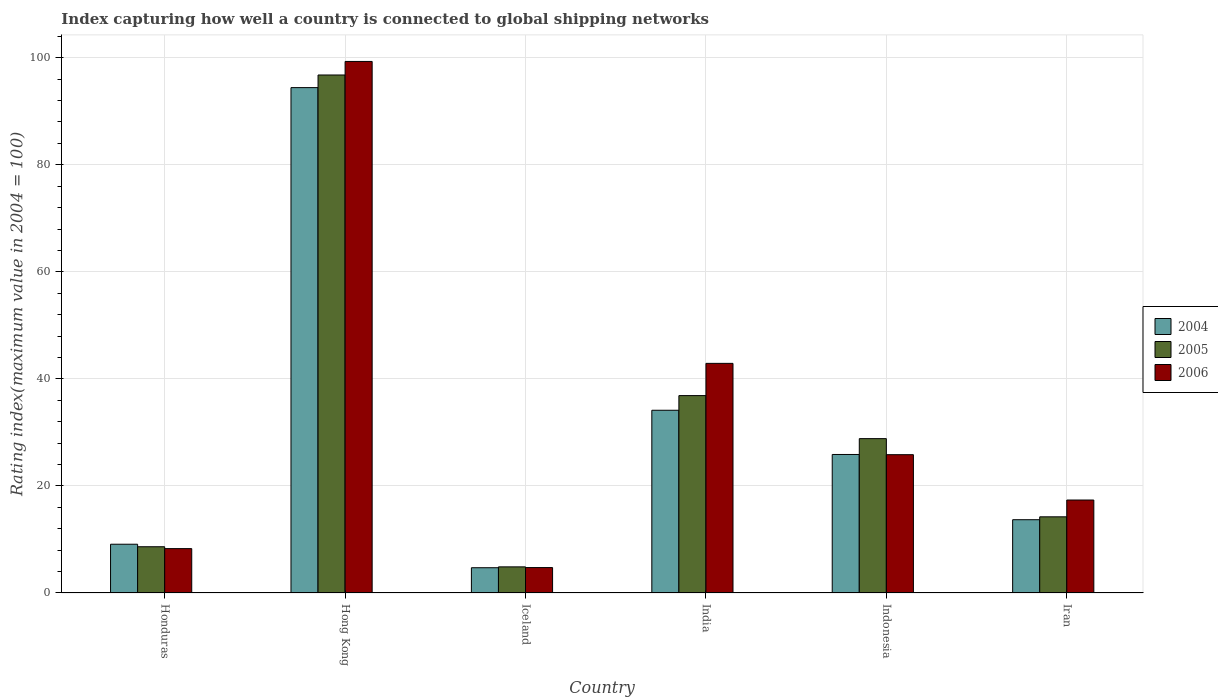
| Country | 2004 | 2005 | 2006 |
 | --- | --- | --- | --- |
 | Honduras | 9.11 | 8.64 | 8.29 |
 | Hong Kong | 94.4 | 96.8 | 99.3 |
 | Iceland | 4.72 | 4.88 | 4.75 |
 | India | 34.1 | 36.9 | 42.9 |
 | Indonesia | 25.9 | 28.8 | 25.8 |
 | Iran | 13.7 | 14.2 | 17.4 |